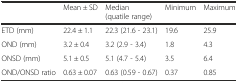
<table><thead><tr><td></td><td><b>Mean ± SD</b></td><td><b>Median (quatile range)</b></td><td><b>Minimum</b></td><td><b>Maximum</b></td></tr></thead><tbody><tr><td>ETD (mm)</td><td>22.4 ± 1.1</td><td>22.3 (21.6 - 23.1)</td><td>19.6</td><td>25.9</td></tr><tr><td>OND (mm)</td><td>3.2 ± 0.4</td><td>3.2 (2.9 - 3.4)</td><td>1.8</td><td>4.3</td></tr><tr><td>ONSD (mm)</td><td>5.1 ± 0.5</td><td>5.1 (4.7 - 5.4)</td><td>3.5</td><td>6.4</td></tr><tr><td>OND/ONSD ratio</td><td>0.63 ± 0.07</td><td>0.63 (0.59 - 0.67)</td><td>0.37</td><td>0.85</td></tr></tbody></table>